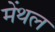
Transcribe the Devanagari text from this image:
मेंथल